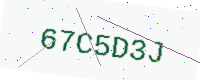
Text: 67C5D3J